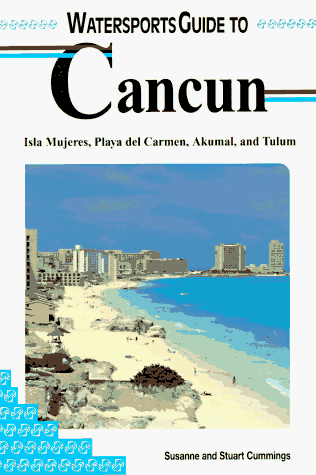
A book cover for Lonely Planet Watersports Guide to Cancun: Isla Mujeres, Playa Del Carmen, Akumal, and Tulum (Lonely Planet Diving & Snorkeling Great Barrier Reef); Stuart Cummings; Travel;